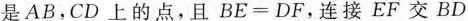
是AB，CD上的点，且$$BE=DF$$，连接EF交BD